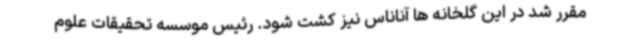
مقرر شد در این گلخانه ها آناناس نیز کشت شود. رئیس موسسه تحقیقات علوم